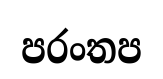
පරංතප